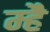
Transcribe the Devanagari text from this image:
म्है